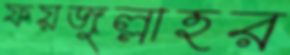
ফয়জুল্লাহর